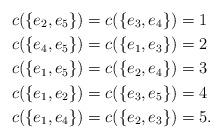
LaTeX: \begin{align*}c( \{e_2,e_5\}) &= c( \{e_3,e_4\} )= 1 \\ c( \{e_4,e_5\} ) &= c( \{e_1,e_3\} ) = 2 \\ c( \{e_1,e_5\} ) &= c( \{e_2,e_4\} )= 3 \\ c( \{e_1,e_2\} ) &= c( \{e_3,e_5\} ) = 4 \\ c( \{e_1,e_4\} ) &= c( \{e_2,e_3\} ) = 5. \end{align*}